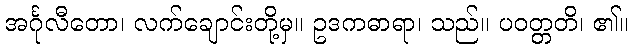
အင်္ဂုလီတော၊ လက်ချောင်းတို့မှ။ ဥဒကဓာရာ၊ သည်။ ပဝတ္တတိ၊ ၏။